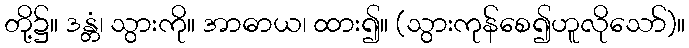
တို့၌။ ဒန္တံ၊ သွားကို။ အာဓာယ၊ ထား၍။ (သွားကုန်စေ၍ဟူလိုသော်)။